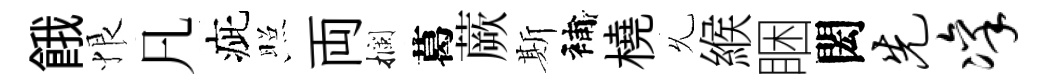
餓恨凡疵照両攔葛蕨斯補橈𠃔緱睏閎先凛